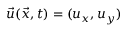
\vec { u } ( \vec { x } , t ) = ( u _ { x } , u _ { y } )